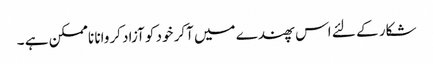
شکار کے لئے اس پھندے میں آکر خود کو آزاد کروانا ناممکن ہے ۔